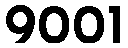
9001